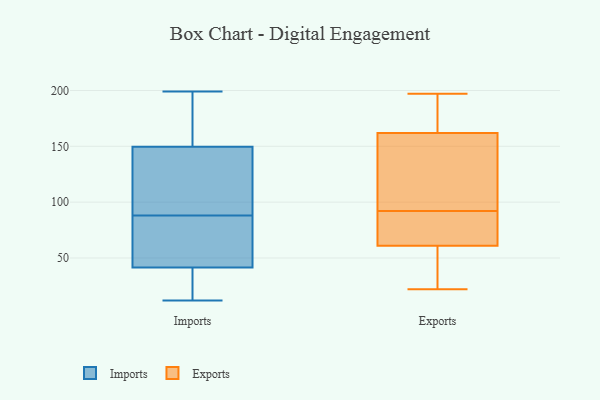
{"axis": {"x": "Gross Profit (USD K)", "y": "Value"}, "legend": ["Exports", "Imports"], "data": [{"x": "", "y": 34, "type": "Imports"}, {"x": "", "y": 83, "type": "Imports"}, {"x": "", "y": 91, "type": "Imports"}, {"x": "", "y": 12, "type": "Imports"}, {"x": "", "y": 193, "type": "Imports"}, {"x": "", "y": 140, "type": "Imports"}, {"x": "", "y": 133, "type": "Imports"}, {"x": "", "y": 88, "type": "Imports"}, {"x": "", "y": 27, "type": "Imports"}, {"x": "", "y": 69, "type": "Imports"}, {"x": "", "y": 44, "type": "Imports"}, {"x": "", "y": 199, "type": "Imports"}, {"x": "", "y": 178, "type": "Imports"}, {"x": "", "y": 157, "type": "Exports"}, {"x": "", "y": 57, "type": "Exports"}, {"x": "", "y": 22, "type": "Exports"}, {"x": "", "y": 172, "type": "Exports"}, {"x": "", "y": 165, "type": "Exports"}, {"x": "", "y": 97, "type": "Exports"}, {"x": "", "y": 61, "type": "Exports"}, {"x": "", "y": 197, "type": "Exports"}, {"x": "", "y": 162, "type": "Exports"}, {"x": "", "y": 114, "type": "Exports"}, {"x": "", "y": 87, "type": "Exports"}, {"x": "", "y": 102, "type": "Exports"}, {"x": "", "y": 86, "type": "Exports"}, {"x": "", "y": 71, "type": "Exports"}, {"x": "", "y": 191, "type": "Exports"}, {"x": "", "y": 65, "type": "Exports"}, {"x": "", "y": 59, "type": "Exports"}, {"x": "", "y": 26, "type": "Exports"}]}